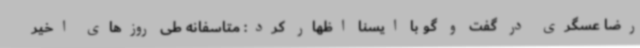
رضا عسگری در گفت و گو با ایسنا اظهار کرد: متاسفانه طی روزهای اخیر